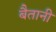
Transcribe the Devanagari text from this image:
बैतानी